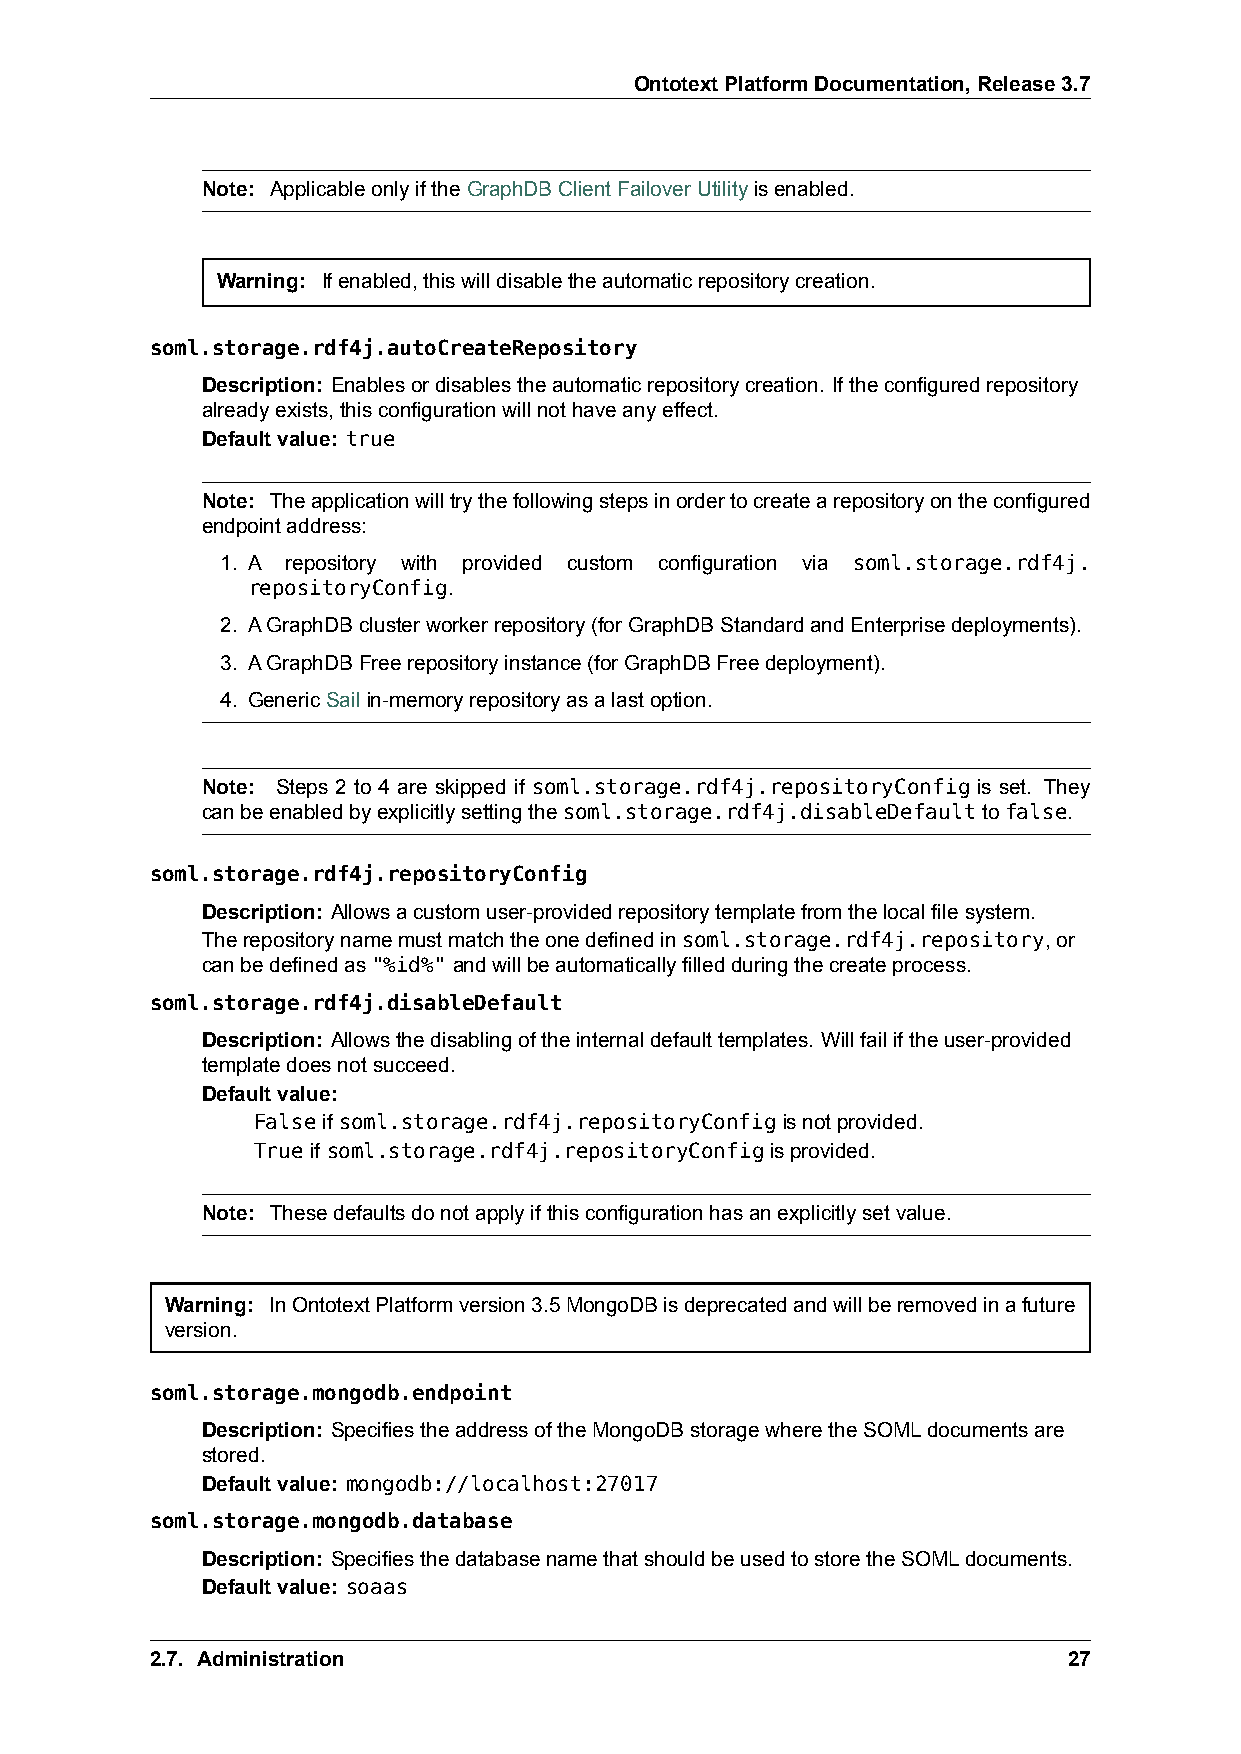
OntotextPlatformDocumentation,Release3.7
 Note: ApplicableonlyiftheGraphDBClientFailoverUtilityisenabled.
 Warning: Ifenabled,thiswilldisabletheautomaticrepositorycreation.
 soml.storage.rdf4j.autoCreateRepository
 Description: Enablesordisablestheautomaticrepositorycreation. Iftheconfiguredrepository
 alreadyexists,thisconfigurationwillnothaveanyeffect.
 Defaultvalue: true
 Note: Theapplicationwilltrythefollowingstepsinordertocreatearepositoryontheconfigured
 endpointaddress:
 1. A repository with provided custom configuration via soml.storage.rdf4j.
 repositoryConfig.
 2. AGraphDBclusterworkerrepository(forGraphDBStandardandEnterprisedeployments).
 3. AGraphDBFreerepositoryinstance(forGraphDBFreedeployment).
 4. GenericSailin-memoryrepositoryasalastoption.
 Note: Steps 2 to 4 are skipped if soml.storage.rdf4j.repositoryConfig is set. They
 canbeenabledbyexplicitlysettingthesoml.storage.rdf4j.disableDefaulttofalse.
 soml.storage.rdf4j.repositoryConfig
 Description: Allowsаcustomuser-providedrepositorytemplatefromthelocalfilesystem.
 Therepositorynamemustmatchtheonedefinedinsoml.storage.rdf4j.repository,or
 canbedefinedas"%id%"andwillbeautomaticallyfilledduringthecreateprocess.
 soml.storage.rdf4j.disableDefault
 Description: Allowsthedisablingoftheinternaldefaulttemplates. Willfailiftheuser-provided
 templatedoesnotsucceed.
 Defaultvalue:
 Falseif soml.storage.rdf4j.repositoryConfigisnotprovided.
 Trueif soml.storage.rdf4j.repositoryConfigisprovided.
 Note: Thesedefaultsdonotapplyifthisconfigurationhasanexplicitlysetvalue.
 Warning: InOntotextPlatformversion3.5MongoDBisdeprecatedandwillberemovedinafuture
 version.
 soml.storage.mongodb.endpoint
 Description: SpecifiestheaddressoftheMongoDBstoragewheretheSOMLdocumentsare
 stored.
 Defaultvalue: mongodb://localhost:27017
 soml.storage.mongodb.database
 Description: SpecifiesthedatabasenamethatshouldbeusedtostoretheSOMLdocuments.
 Defaultvalue: soaas
 2.7. Administration                                          27